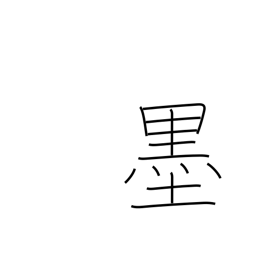
Meaning: Mexico